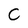
Character: C